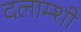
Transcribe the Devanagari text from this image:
दलाम्शी